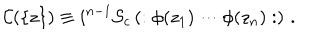
{ \cal C } ( \{ z \} ) \equiv i ^ { n - 1 } { \cal S } _ { c } \left( : \phi ( z _ { 1 } ) \cdots \phi ( z _ { n } ) : \right) \, .